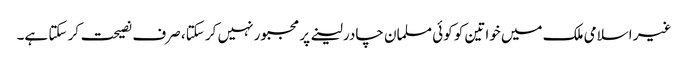
غیر اسلامی ملک میں خواتین کو کوئی مسلمان چادر لینے پر مجبور نہیں کر سکتا، صرف نصیحت کر سکتا ہے۔